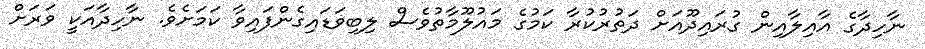
ނާހިދާގެ އާއިލާއިން ގުރައިދޫއަށް ދަތުރުކުރާ ކަމުގެ މައުލޫމާތުވެސް ލިބިވަޑައިގެންފައިވާ ކަމަށެވެ. ނާހިދާއަކީ ވަރަށް